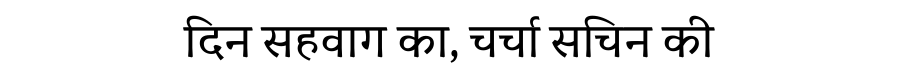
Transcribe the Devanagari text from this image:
दिन सहवाग का, चर्चा सचिन की